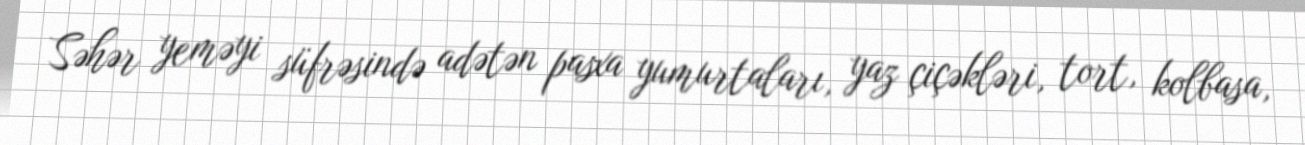
Səhər yeməyi süfrəsində adətən pasxa yumurtaları, yaz çiçəkləri, tort, kolbasa,